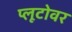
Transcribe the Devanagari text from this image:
प्लूटोवर